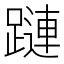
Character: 蹥